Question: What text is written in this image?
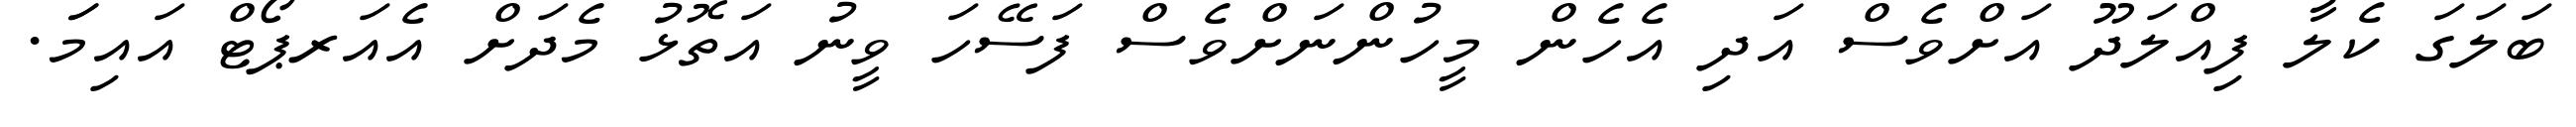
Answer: ބަލަގަ ކެލާ ފިއްލަދޫ އަށްވެސް އަދި އެހެން މީހުންނަށްވެސް ފަސޭހަ ވީނު އަތޮޅު މެދަށް އެއަރޕޯޓް އައިމަަ.